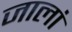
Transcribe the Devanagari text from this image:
जालां